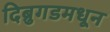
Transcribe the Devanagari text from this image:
दिब्रुगडमधून